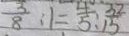
\frac { 3 } { 8 } : 1 = \frac { 4 } { 5 } : \frac { 3 2 } { 1 5 }